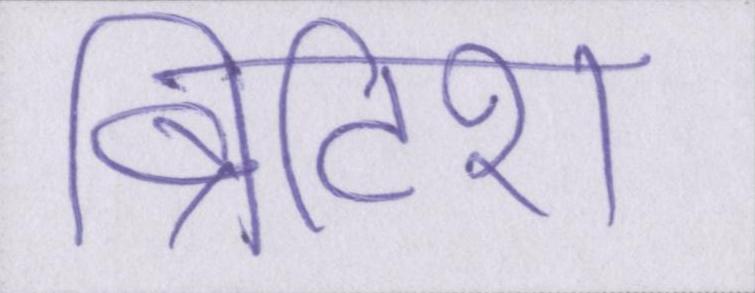
ब्रिटिश